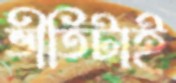
ভীতিটাই